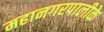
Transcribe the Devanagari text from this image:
महानगरपालीके